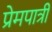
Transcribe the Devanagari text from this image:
प्रेमपात्री